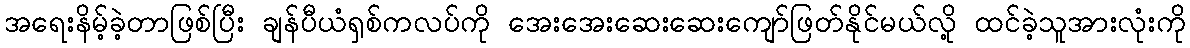
အရေးနိမ့်ခဲ့တာဖြစ်ပြီး ချန်ပီယံရှစ်ကလပ်ကို အေးအေးဆေးဆေးကျော်ဖြတ်နိုင်မယ်လို့ ထင်ခဲ့သူအားလုံးကို